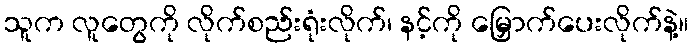
သူက လူတွေကို လိုက်စည်းရုံးလိုက်၊ နင့်ကို မြှောက်ပေးလိုက်နဲ့။